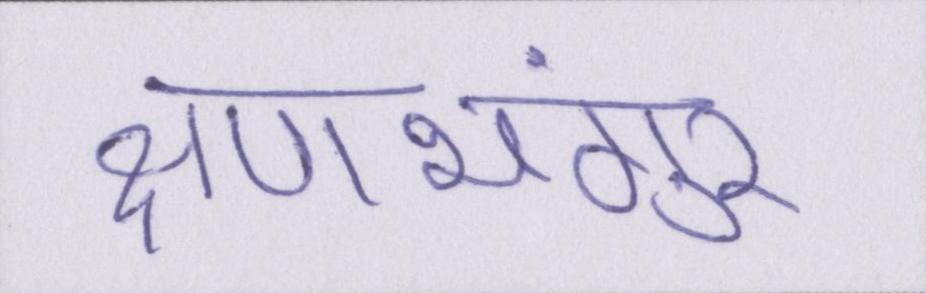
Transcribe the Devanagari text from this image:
क्षणभंगुर